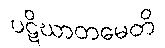
ပဋိဃာတမေတိ